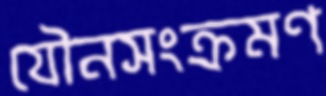
যৌনসংক্রমণ